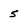
Character: 5